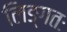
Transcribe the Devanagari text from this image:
लिङ्गतः